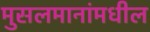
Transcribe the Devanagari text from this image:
मुसलमानांमधील